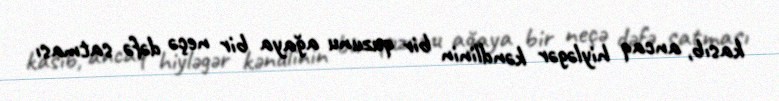
kasıb, ancaq hiyləgər kəndlinin bir quzunu ağaya bir neçə dəfə satması